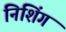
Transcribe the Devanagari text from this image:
निशिंग